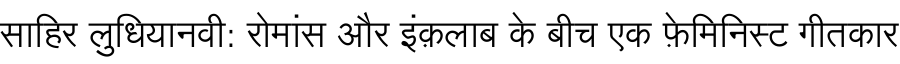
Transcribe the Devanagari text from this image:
साहिर लुधियानवी: रोमांस और इंक़लाब के बीच एक फ़ेमिनिस्ट गीतकार